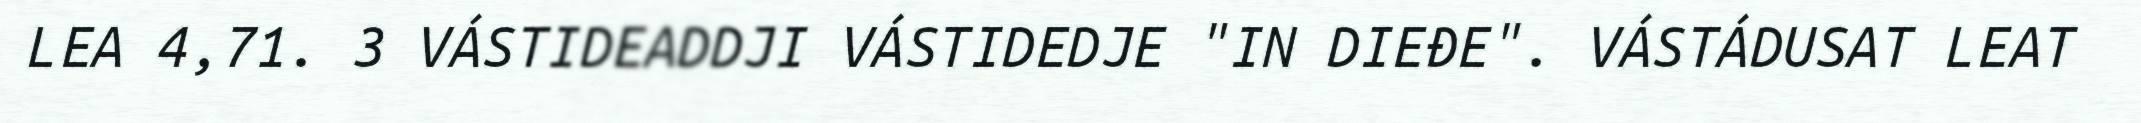
LEA 4,71. 3 VÁSTIDEADDJI VÁSTIDEDJE "IN DIEĐE". VÁSTÁDUSAT LEAT